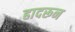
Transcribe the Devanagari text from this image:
हादरून